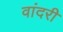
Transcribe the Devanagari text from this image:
वांदरी